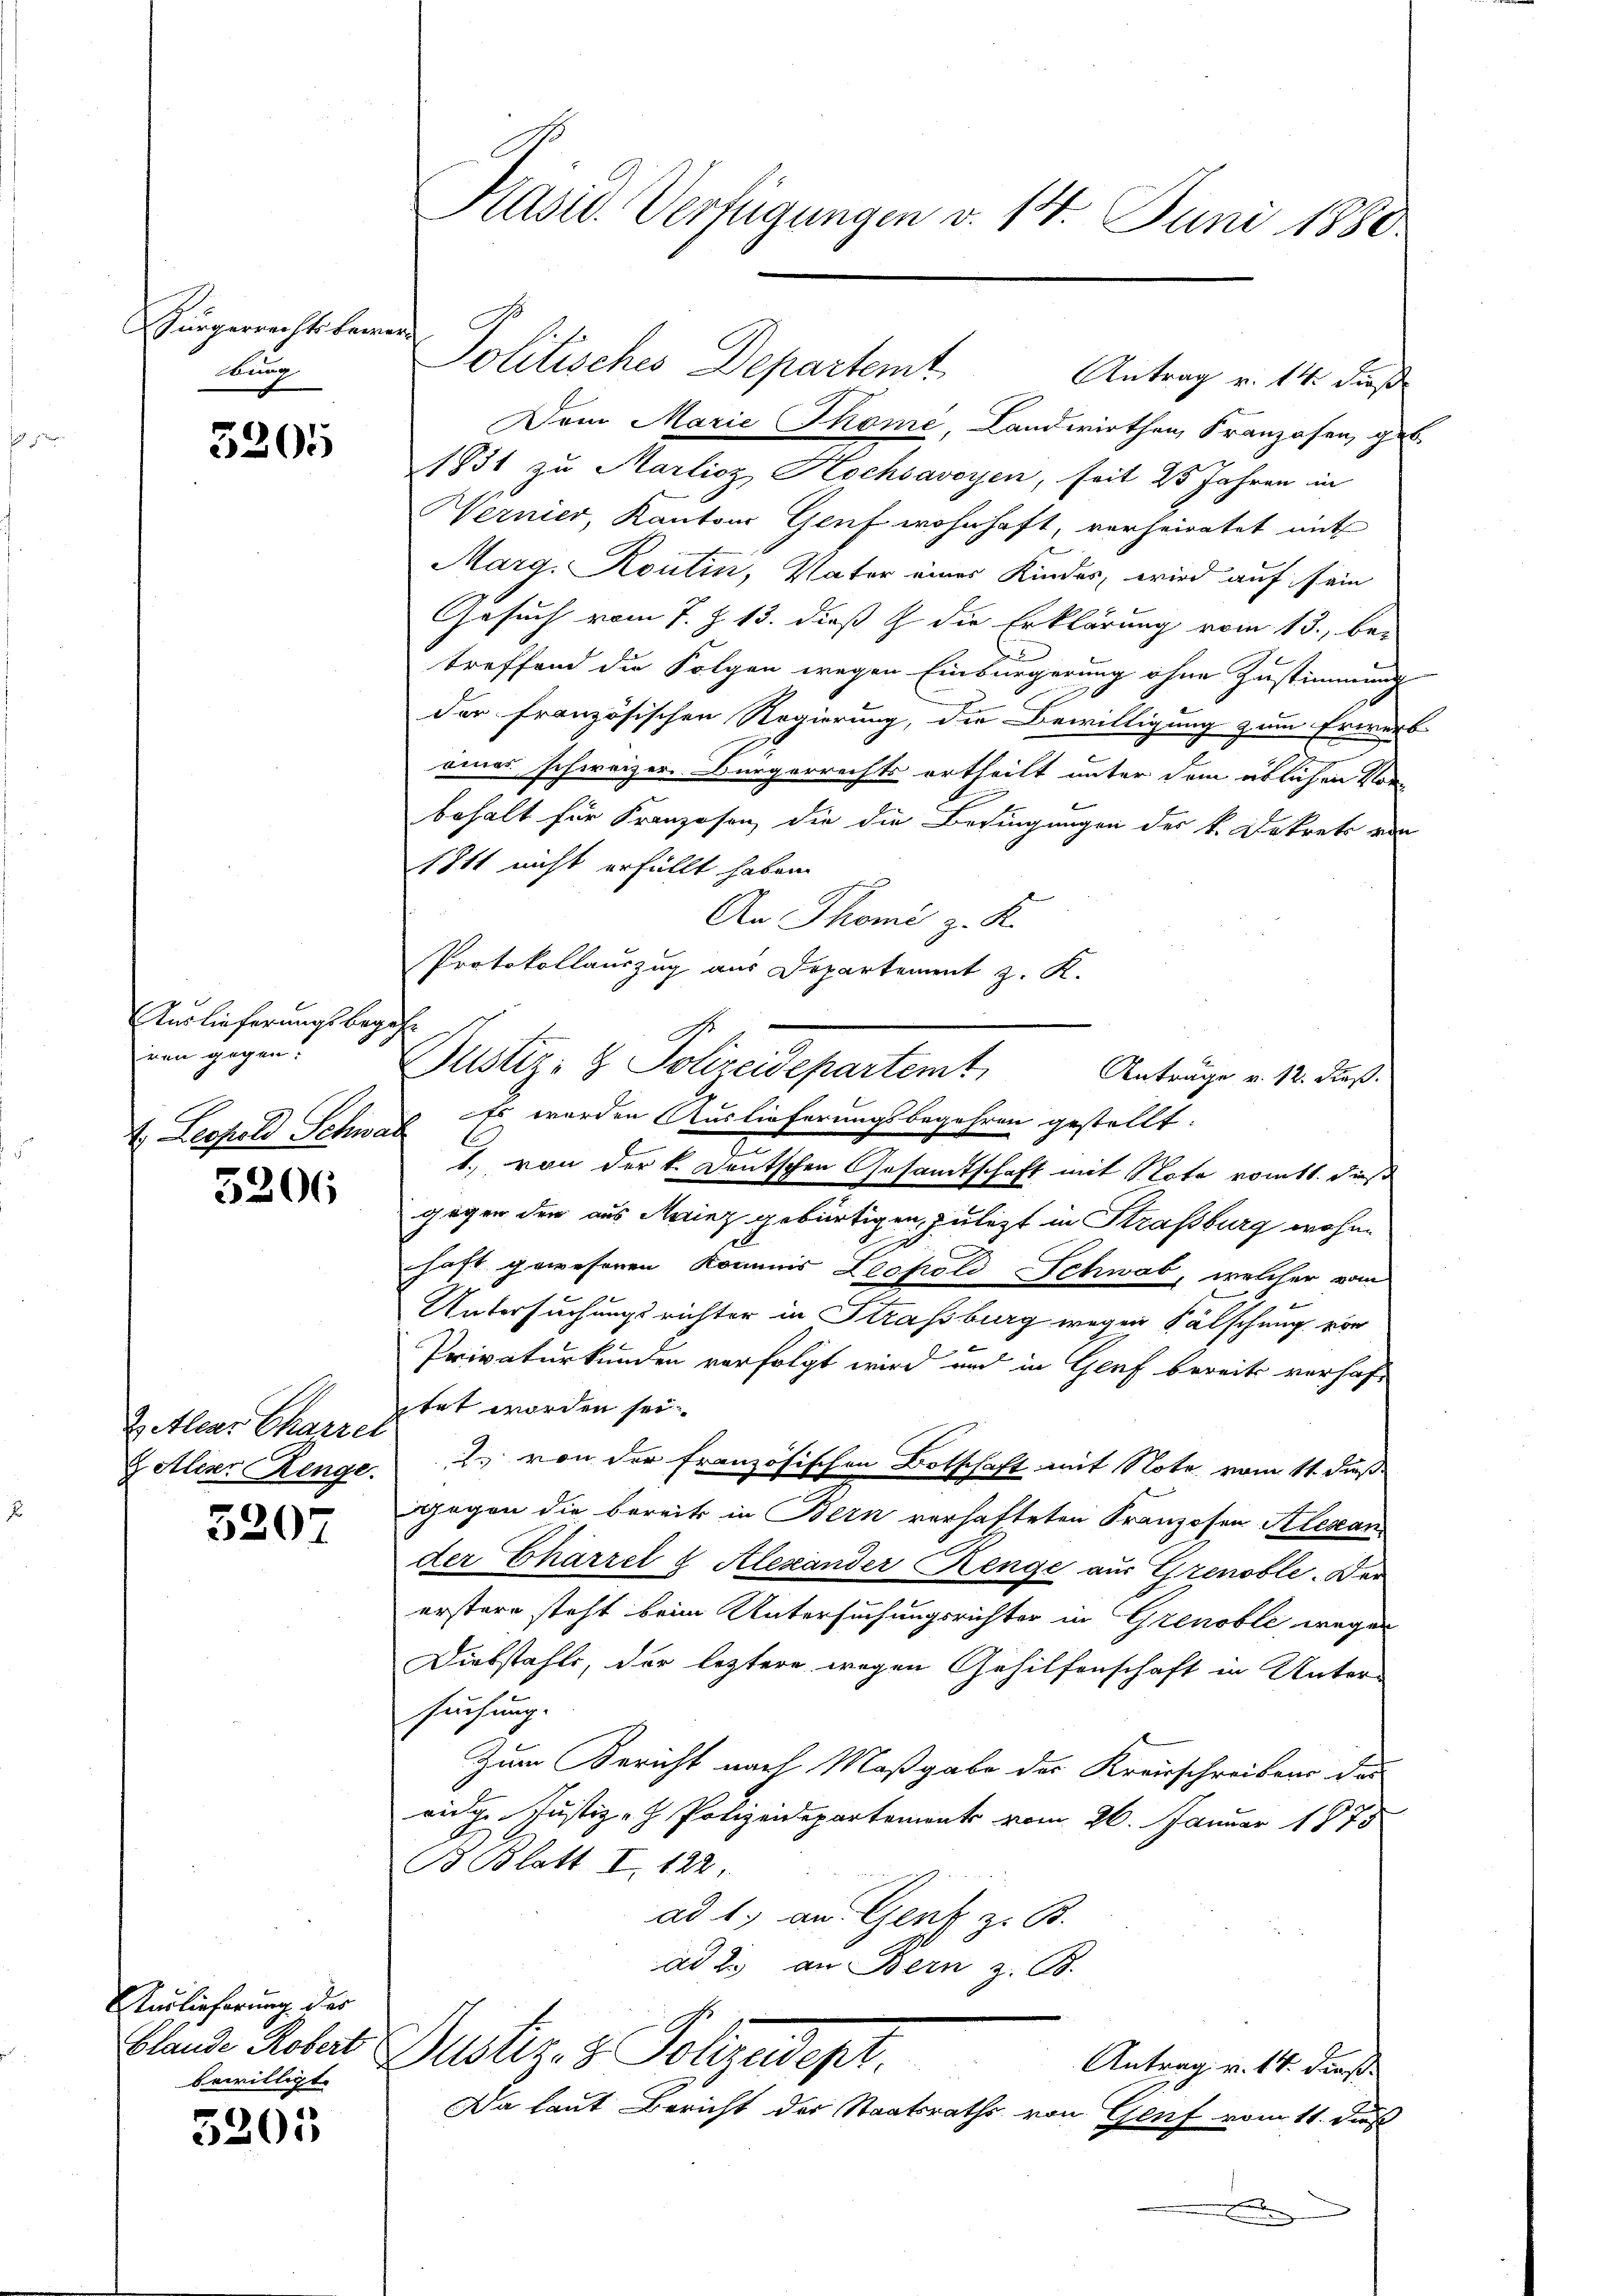
Bürgerrechts bemerbung

3205

Auslieferungsbegehe
ren gegen.
2. Leopold Schad

5206

ZAlear Charrer
 Aliser Renge.

5207

Auslieferung des
bewilligt.

5205

Präsid. Verfügungen v. 14. Juni 1880.

Politisches Departemt

Dem Marie Thome, Landwirthen Franzosen, ge
1831 zu Marlioz Hochsavoyen, seit 25 Jahren in
Wernier, Kantons Genf wohnhaft, verheiratet mit
Marg. Kontin, Vater eines Kindes, wird auf sein
Gesuch vom 7. Z. 13. dieß & die Erklärung vom 13., be-
treffend die Folgen wegen Einbürgerung ohne Zustimmung
der französischen Regierung, die Bewilligung zum Erwerb
I
eines schweizer. Bürgerrechts ertheilt unter dem üblichen Vor-
behalt für Kranzosen, die die Bedingungen der k. Dekrete von
1811 nicht erfüllt haben.
An Thomi z. K.
Protokollauszug aus Departement z. K.
Es werden Auslieferungsbegehren gestellt.
1. von der k. Deutschen Gesandtschaft mit Note vomtt. dieß
gegen der aus Mainz gebürtigen, zuletzt in Strassburg wohne
10
haft gewesenen Kommis Leopold Schwab, welcher vom
Untersuchungsrichter in Strassburg wegen Fälschung von
Privaturkunden verfolgt wird und in Genf bereits verhaft
itet worden sei
2. von der französischen Botschaft mit Note vom 11. dieß
ggegen die bereits in Bern verhafteten Franzosen Klesan
der Charzel & Alexander Renge aus Grenoble. Der
erstere steht beim Untersuchungsrichter in Grenoble wegen
Diebstahls, der letztere wegen Gehilfenschaft in Unter-
suchung.
Zum Bericht nach Maßgabe der Kreisschreiben das
eidge Justiz- & Polizeidepartement vom 26. Januar 1873
B Blatt I. 122
ad 1. an Genf z. B.
ad 2. an Bern z. B.

Antrag v. 14. dieß

Bustiz- & Polizeidepartemt
Anträge v. 12. dieß.

Blande Kober Justiz- & Polizeidept.
Antrag v. 14. dieß
Da laut Bericht der Staatsrathe von Genf vom 11. Fuß

.